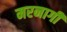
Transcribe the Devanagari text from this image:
मरनागी